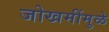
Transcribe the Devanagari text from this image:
जोखमींमुळे